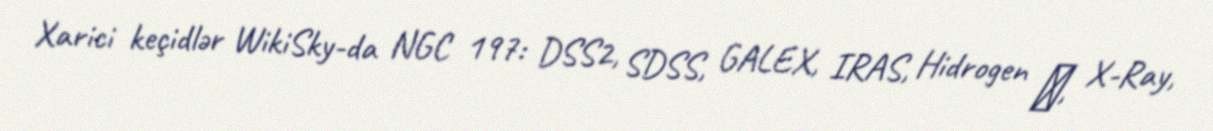
Xarici keçidlər WikiSky-da NGC 197: DSS2, SDSS, GALEX, IRAS, Hidrogen α, X-Ray,